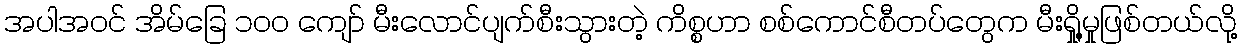
အပါအဝင် အိမ်ခြေ ၁၀၀ ကျော် မီးလောင်ပျက်စီးသွားတဲ့ ကိစ္စဟာ စစ်ကောင်စီတပ်တွေက မီးရှို့မှုဖြစ်တယ်လို့